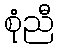
စုံညီ